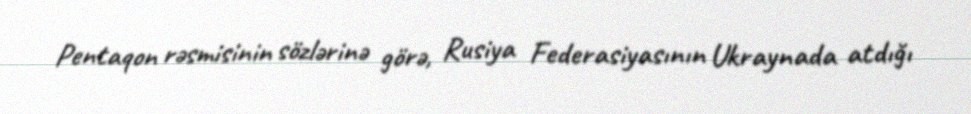
Pentaqon rəsmisinin sözlərinə görə, Rusiya Federasiyasının Ukraynada atdığı